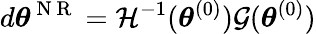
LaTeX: d{\boldsymbol{\theta}}^{\mathrm{~N~R~}}=\mathcal{H}^{-1}({\boldsymbol{\theta}}^{(0)})\mathcal{G}({\boldsymbol{\theta}}^{(0)})